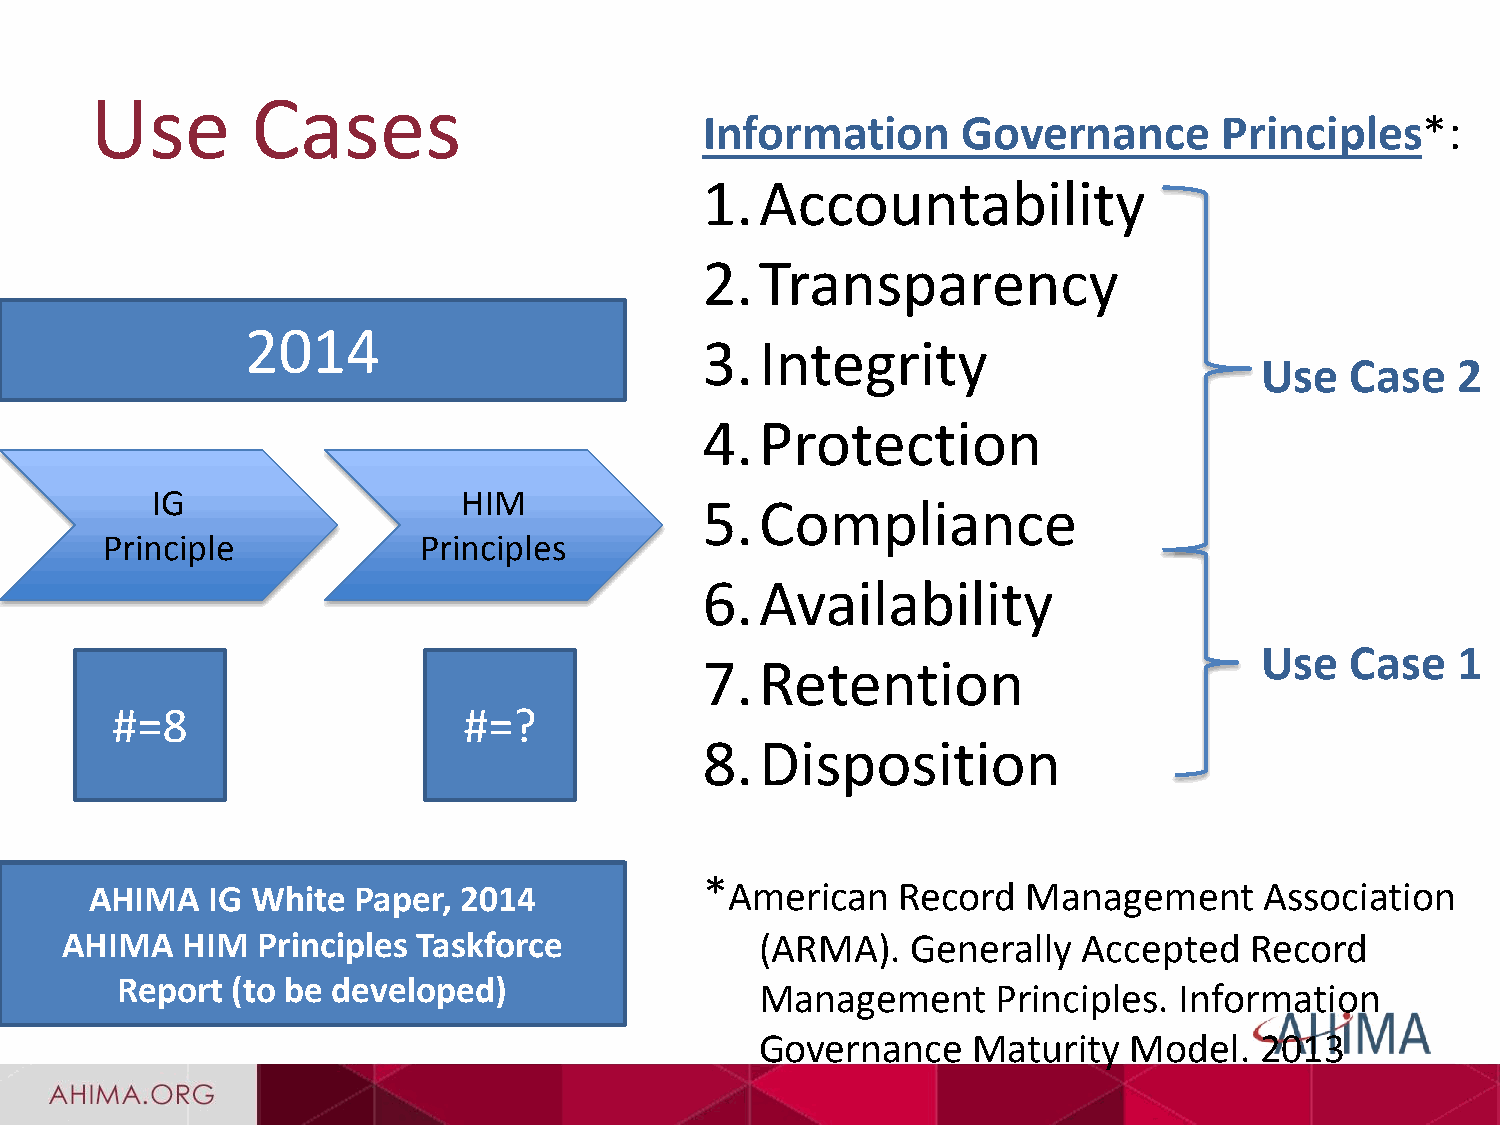
Use        Cases
 Information      Governance       Principles*:
 1.Accountability
 2.Transparency
 2014
 3.Integrity
 Use   Case   2
 4.Protection
 IG                   HIM
 5.Compliance
 Principle            Principles
 6.Availability
 Use   Case   1
 7.Retention
 #=8                     #=?
 8.Disposition
 AHIMA   IG White Paper, 2014             *American    Record  Management      Association
 AHIMA   HIM  Principles Taskforce             (ARMA).   Generally   Accepted   Record
 Report (to be developed)
 Management      Principles. Information
 Governance    Maturity   Model.  2013